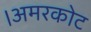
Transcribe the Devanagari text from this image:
।अमरकोट